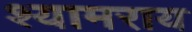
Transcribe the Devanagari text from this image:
श्यामराय